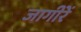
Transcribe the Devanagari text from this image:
जागींरें